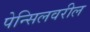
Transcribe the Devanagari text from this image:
पेन्सिलवरील